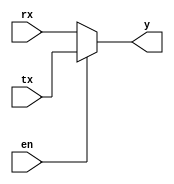
module mux1 (
input tx,rx,en,
output reg y 
);


always @ (*) 
	begin 
		if (en)
			y = tx;
		else 
			y = rx ;
	end 
	
endmodule